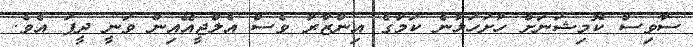
ސާވިސް ކޮމިޝަނަށް ހުށަހަޅާނެ ކަމުގެ އިންޒާރު ވެސް އެލްޖީއޭއިން ވަނީ ދީފަ އެވެ.